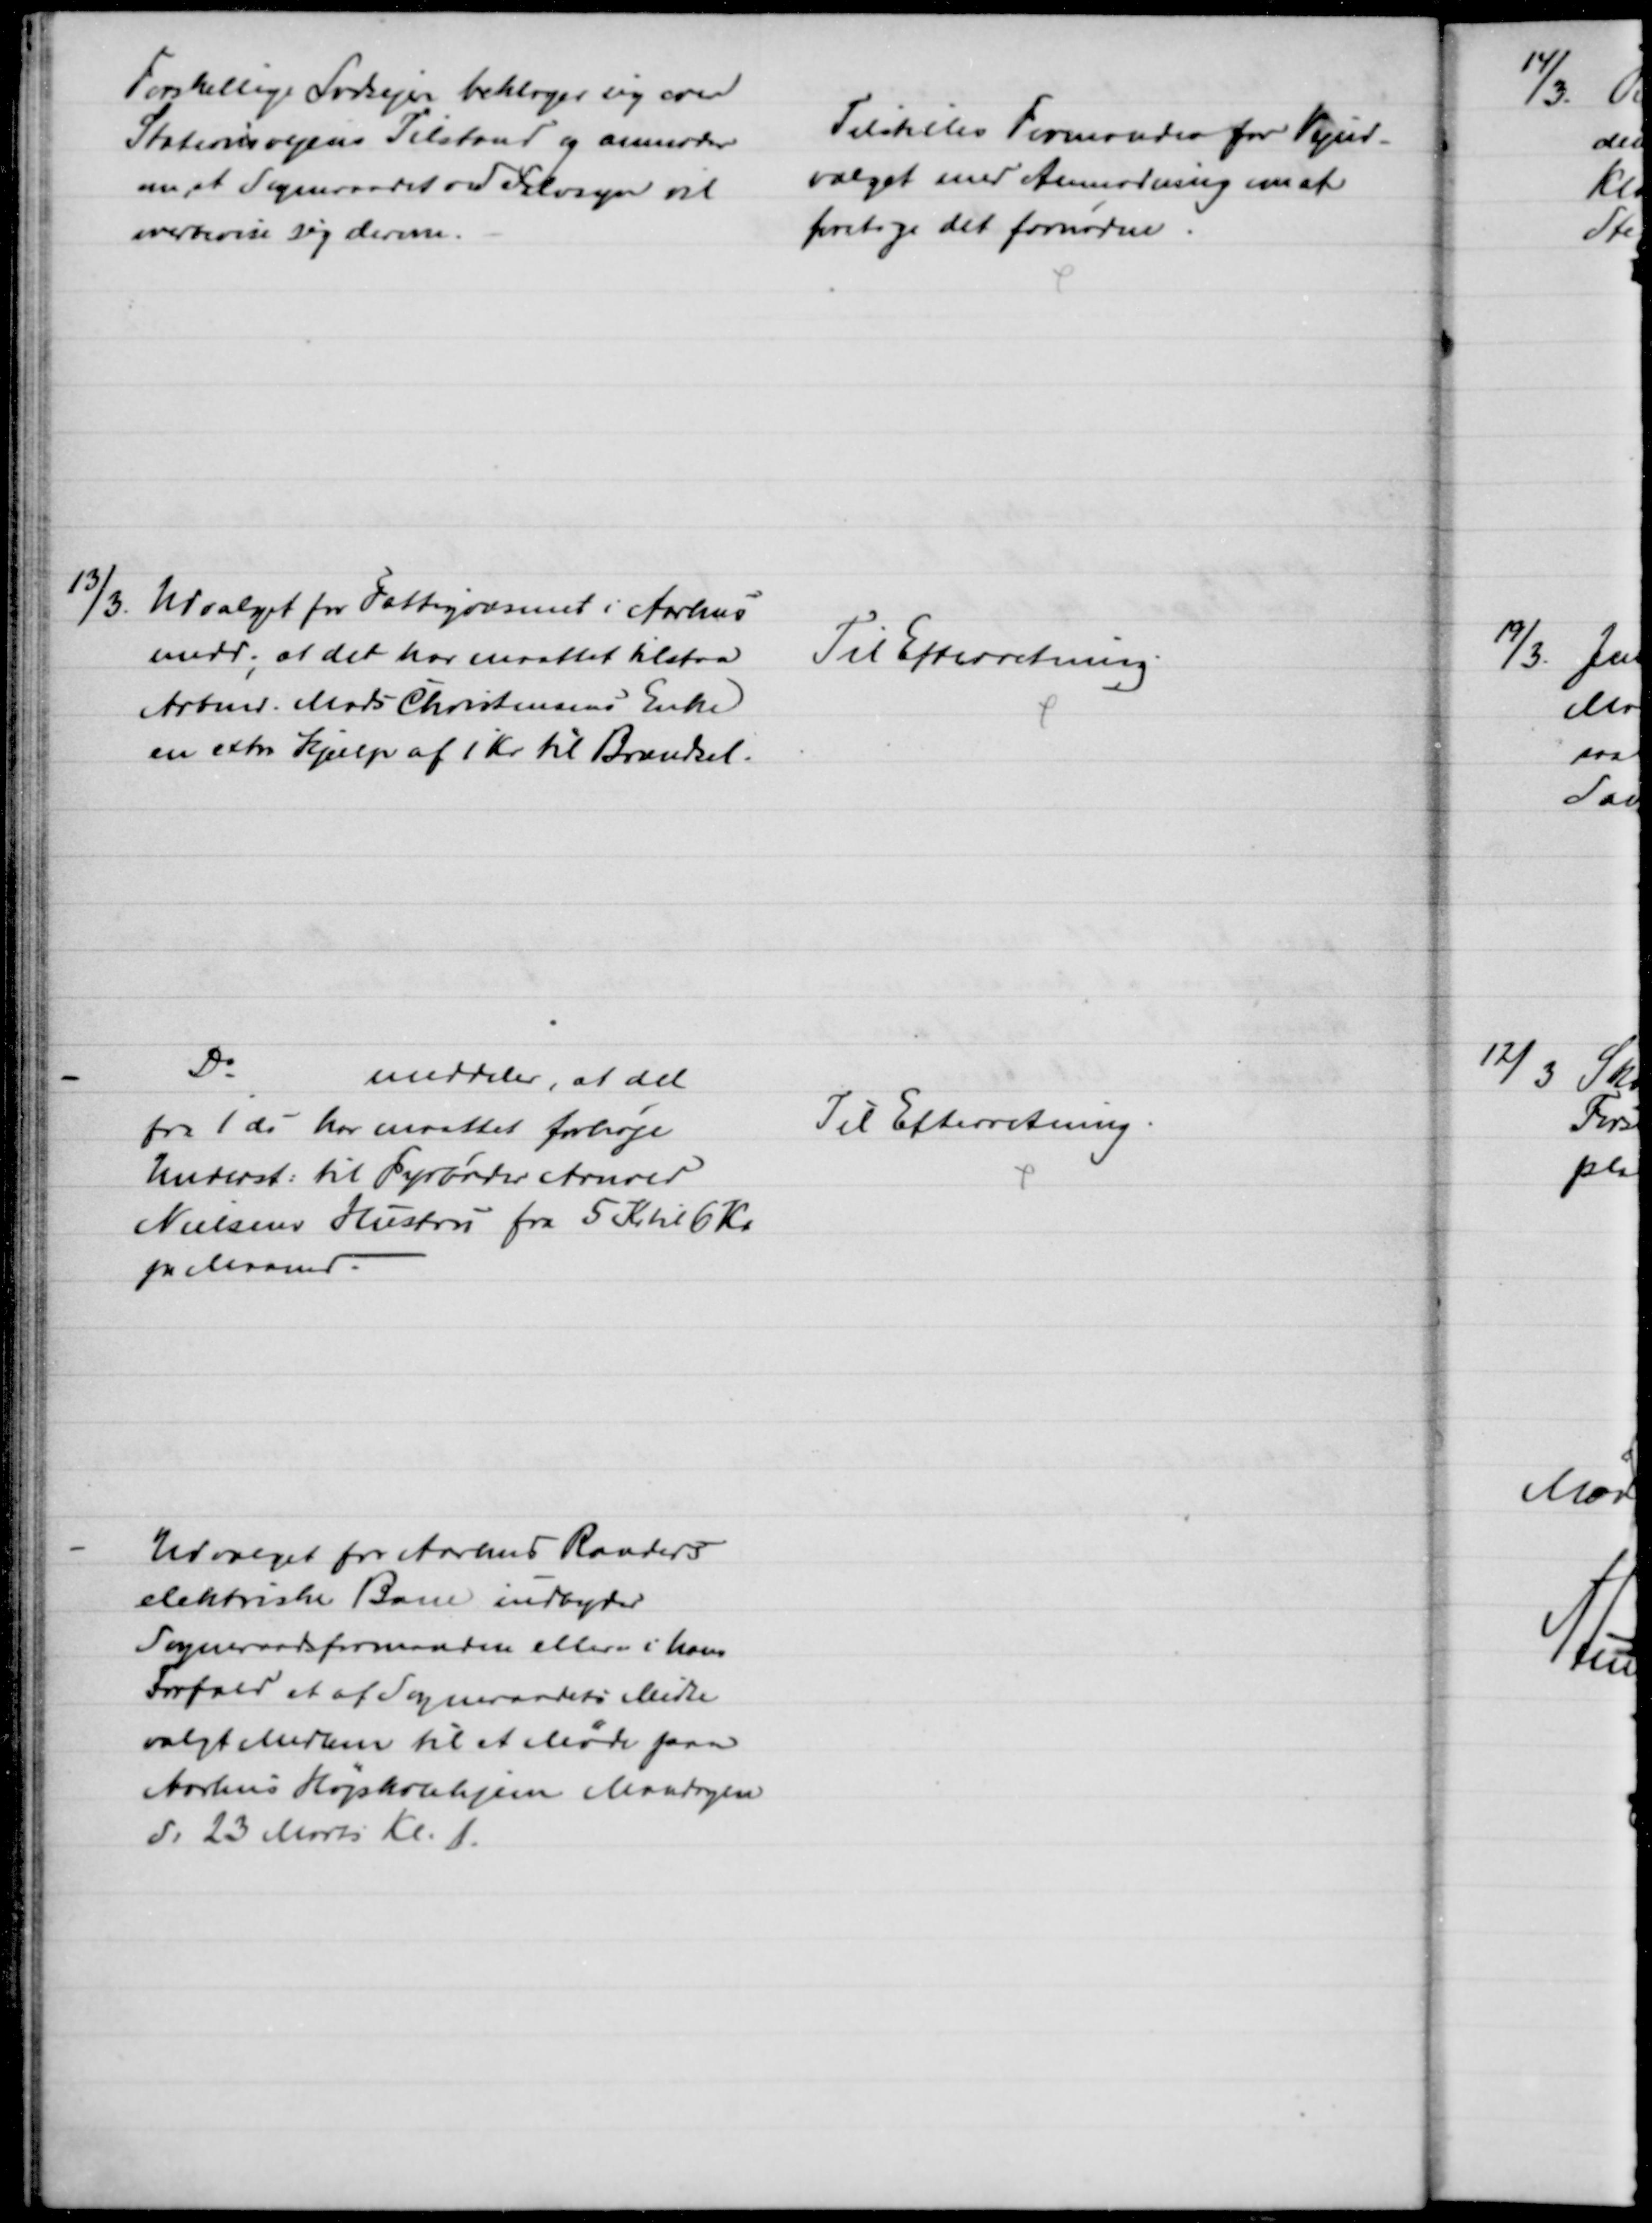
Transskription:
Forskellige Lodsejer beklager sig over
Stationsvejens Tilstand og anmoder
om, at Sogneraadet ved Selvsyn vil
overbevise sig derom.
Tilstilles Formanden for Vejud-
valget med Anmodning om at
foretage det fornødne.
13/3.
Udvalget for Fattigvæsenet i Aarhus
medd; at det har maattet tilstaa
Arbmd. Mads Christensens Enke
en extra Hjælp af 1 Kr. til Brændsel.
Til Efterretning.
Do.
meddeler, at det
fra 1 ds har maattet forhøje
Underst: til Fyrbøder Arnved
Nielsens Hustru fra 5 Kr til 6 Kr
pr Maaned.
Til Efterretning.
Udvalget for Aarhus Randers
elektriske Bane indbyder
Sogneraadsformanden eller i hans
Forfald et af Sogneraadets Midte
valgt Medlem til et Møde paa
Aarhus Højskolehjem Mandagen
d. 23 Marts Kl. 1.